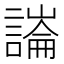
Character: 𧫶